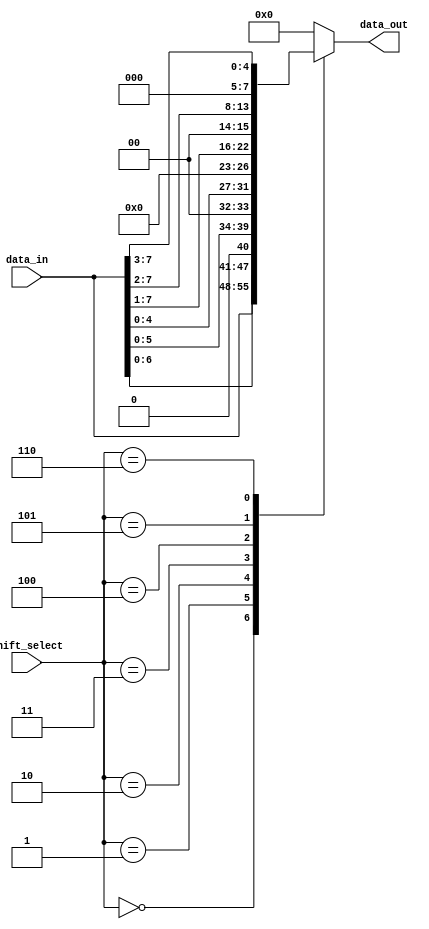
module Circular_Barrel_Shifter(
  input [7:0] data_in,
  input [2:0] shift_select,
  output reg [7:0] data_out
);

always @(*) begin
  case(shift_select)
    3'b000: data_out = data_in; // No shift
    3'b001: data_out = data_in << 1; // Shift left by 1 bit
    3'b010: data_out = data_in << 2; // Shift left by 2 bits
    3'b011: data_out = data_in << 3; // Shift left by 3 bits
    3'b100: data_out = data_in >> 1; // Shift right by 1 bit
    3'b101: data_out = data_in >> 2; // Shift right by 2 bits
    3'b110: data_out = data_in >> 3; // Shift right by 3 bits
    default: data_out = 8'h00;
  endcase
end

endmodule